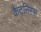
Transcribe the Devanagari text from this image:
कैटनिस्स